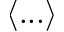
\left\langle . . . \right\rangle